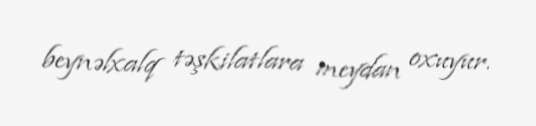
beynəlxalq təşkilatlara meydan oxuyur.